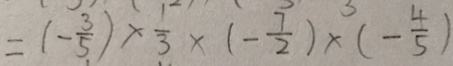
= ( - \frac { 3 } { 5 } ) \times \frac { 1 } { 3 } \times ( - \frac { 7 } { 2 } ) \times ( - \frac { 4 } { 5 } )